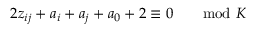
2 z _ { i j } + a _ { i } + a _ { j } + a _ { 0 } + 2 \equiv 0 \qquad \mathrm { m o d } \ K